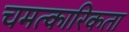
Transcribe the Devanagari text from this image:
चमत्कारिकता